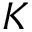
K